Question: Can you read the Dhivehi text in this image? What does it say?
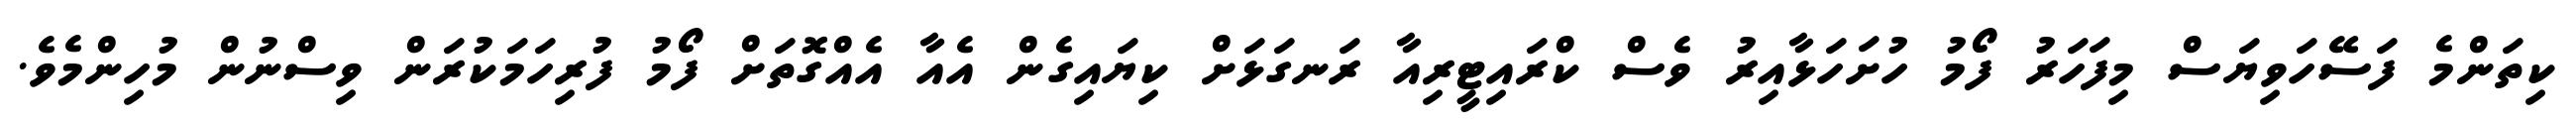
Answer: ކިތަންމެ ފަސޭހަވިޔަސް މިފަހަރު ފޯމު ހުށަހަޅާއިރު ވެސް ކްރައިޓީރިއާ ރަނގަޅަށް ކިޔައިގެން އެއާ އެއްގޮތަށް ފޯމު ފުރިހަމަކުރަން ވިސްނުން މުހިންމެވެ.